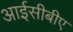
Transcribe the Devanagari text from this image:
आईसीबीए